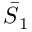
\boldsymbol { \bar { { S } } } _ { 1 }